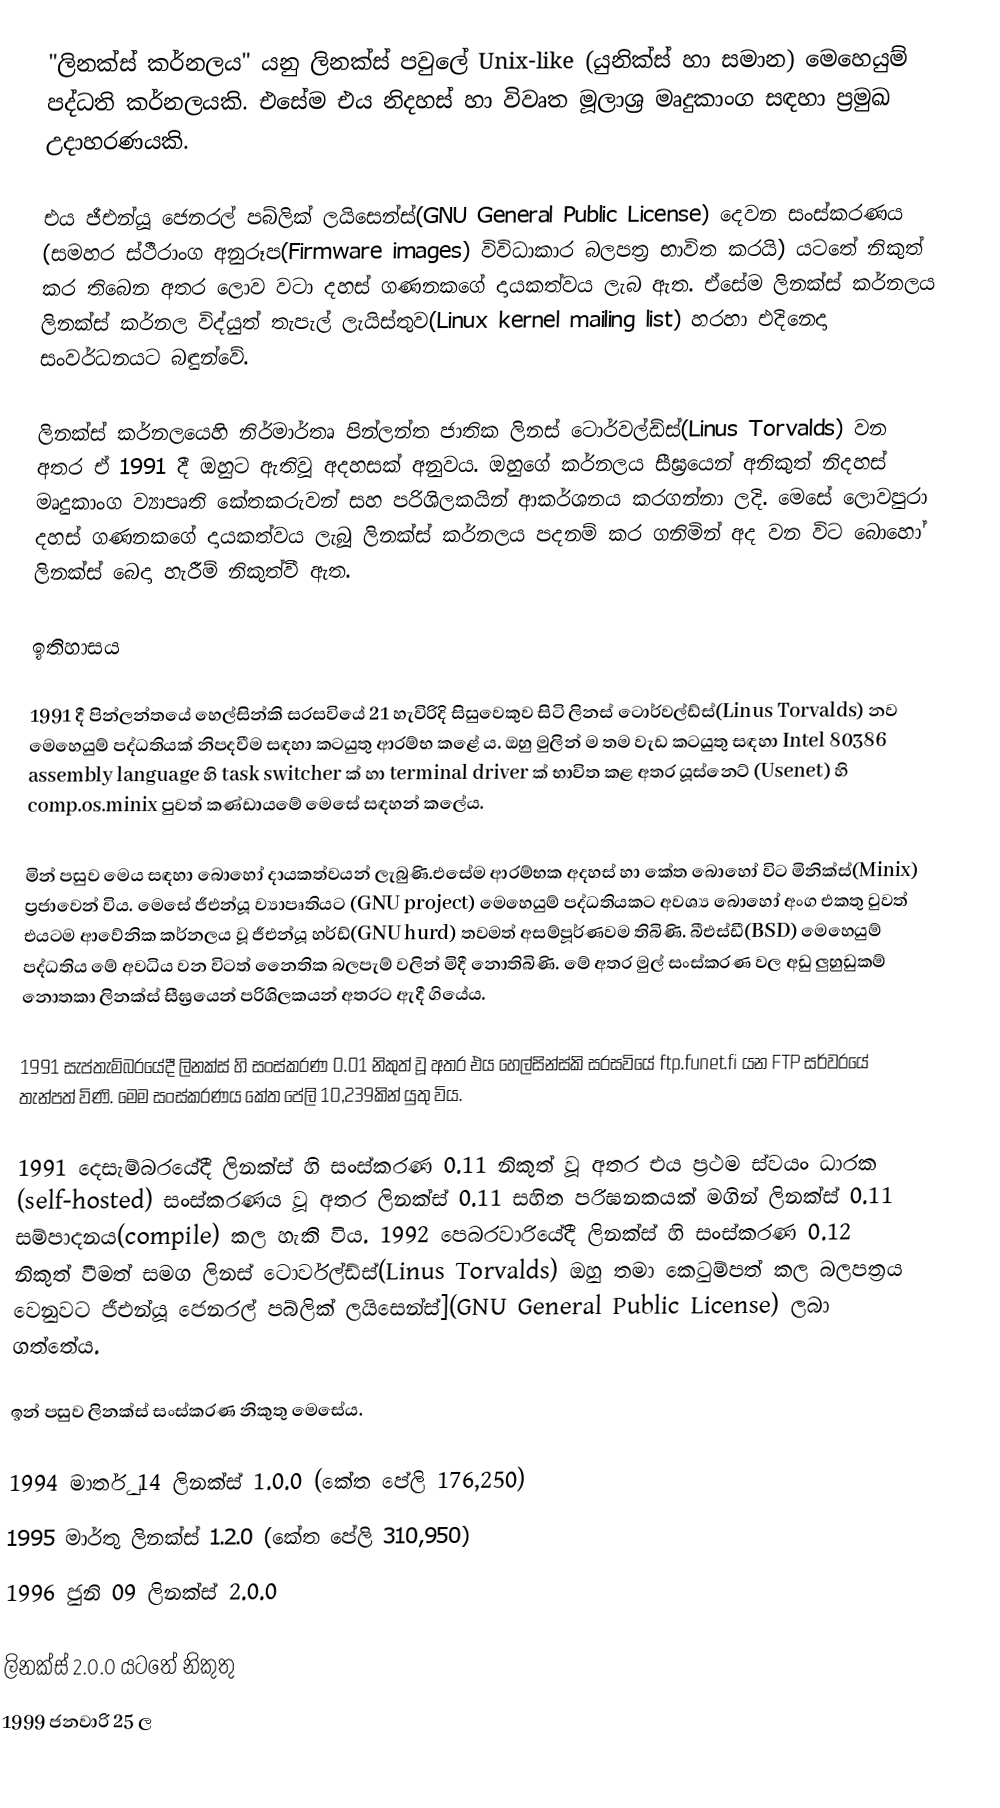
"ලිනක්ස් කර්නලය" යනු ලිනක්ස් පවුලේ Unix-like (යුනික්ස් හා සමාන) මෙහෙයුම් පද්ධති කර්නලයකි. එසේම එය නිදහස් හා විවෘත මූලාශ්‍ර මෘදුකාංග සඳහා ප්‍රමුඛ උදාහරණයකි.

එය ජීඑන්යූ ජෙනරල් පබ්ලික් ලයිසෙන්ස්(GNU General Public License) දෙවන සංස්කරණය (සමහර  ස්ථීරාංග අනුරූප(Firmware images) විවිධාකාර  බලපත්‍ර භාවිත කරයි) යටතේ නිකුත් කර තිබෙන අතර ලොව වටා දහස් ගණනකගේ දායකත්වය ලැබ ඇත. ඒසේම ලිනක්ස් කර්නලය ලිනක්ස් කර්නල විද්යුත් තැපැල් ලැයිස්තුව(Linux kernel mailing list) හරහා එදිනෙදා සංවර්ධනයට බඳුන්වේ.

ලිනක්ස් කර්නලයෙහි නිර්මාර්තෘ පින්ලන්ත ජාතික ලිනස් ටොර්වල්ඩ්ස්(Linus Torvalds) වන අතර ඒ 1991 දී ඔහුට ඇතිවූ අදහසක් අනුවය. ඔහුගේ කර්නලය සීඝ්‍රයෙන් අනිකුත් නිදහස් මෘදුකාංග ව්‍යාපෘති කේතකරුවන් සහ පරිශිලකයින් ආකර්ශනය කරගන්නා ලදි. මෙසේ ලොවපුරා දහස් ගණනකගේ දායකත්වය ලැබූ ලිනක්ස් කර්නලය පදනම් කර ගනිමින් අද වන විට බොහෝ ලිනක්ස් බෙදා හැරීම් නිකුත්වී ඇත.

ඉතිහාසය

1991 දී පින්ලන්තයේ හෙල්සින්කි සරසවියේ 21 හැවිරිදි සිසුවෙකුව සිටි  ලිනස් ටොර්වල්ඩ්ස්(Linus Torvalds)  නව මෙහෙයුම් පද්ධතියක් නිපදවීම සඳහා කටයුතු ආරම්භ කළේ ය. ඔහු මුලින් ම තම වැඩ කටයුතු සඳහා Intel 80386 assembly language හි task switcher ක් හා terminal driver ක් භාවිත කළ අතර යූස්නෙට් (Usenet) හි comp.os.minix පුවත් කණ්ඩායමේ මෙසේ සඳහන් කලේය.

මින් පසුව මෙය සඳහා බොහෝ දායකත්වයන් ලැබුණි.එසේම ආරම්භක අදහස් හා කේත බොහෝ විට මිනික්ස්(Minix) ප්‍රජාවෙන් විය. මෙසේ ජීඑන්යූ ව්‍යාපෘතියට (GNU project) මෙහෙයුම් පද්ධතියකට අවශ්‍ය බොහෝ අංග එකතු වුවත් එයටම ආවේනික කර්නලය වූ ජීඑන්යූ හර්ඩ්(GNU hurd) තවමත් අසම්පූර්ණවම තිබිණි. බීඑස්ඩී(BSD) මෙහෙයුම් පද්ධතිය මේ අවධිය වන විටත් නෛතික බලපැම් වලින් මිදී නොතිබිණි. මේ අතර මුල් සංස්කරණ වල අඩු ලුහුඩුකම් නොතකා ලිනක්ස් සීඝ්‍රයෙන් පරිශිලකයන් අතරට ඇදී ගියේය.

1991 සැප්තැම්බරයේදී ලිනක්ස් හි සංස්කරණ 0.01 නිකුත් වූ අතර එය හෙල්සින්ස්කි සරසවියේ ftp.funet.fi යන FTP සර්වරයේ තැන්පත් විණි. මෙම සංස්කරණය කේත පේලි 10,239කින් යුතු විය.

1991 දෙසැම්බරයේදී ලිනක්ස් හි සංස්කරණ 0.11 නිකුත් වූ අතර එය ප්‍රථම ස්වයං ධාරක (self-hosted) සංස්කරණය වූ අතර ලිනක්ස් 0.11 සහිත පරිඝනකයක් මගින් ලිනක්ස් 0.11 සම්පාදනය(compile) කල හැකි විය. 1992 පෙබරවාරියේදී ලිනක්ස් හි සංස්කරණ 0.12  නිකුත් වීමත් සමග  ලිනස් ටොර්වල්ඩ්ස්(Linus Torvalds)  ඔහු තමා කෙටුම්පත් කල බලපත්‍රය වෙනුවට ජීඑන්යූ ජෙනරල් පබ්ලික් ලයිසෙන්ස්](GNU General Public License) ලබා ගත්තේය.

ඉන් පසුව ලිනක්ස් සංස්කරණ නිකුතු මෙසේය.

 1994 මාර්තු 14   ලිනක්ස් 1.0.0 (කේත පේලි 176,250)
 1995 මාර්තු    ලිනක්ස් 1.2.0 (කේත පේලි 310,950)
 1996 ජුනි 09   ලිනක්ස් 2.0.0

ලිනක්ස් 2.0.0 යටතේ නිකුතු
 1999 ජනවාරි 25  ල